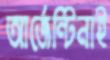
আর্জেন্টিনাই